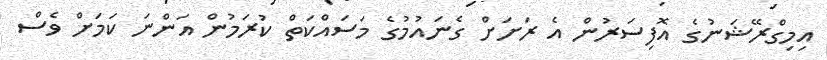
އިމިގްރޭޝަނުގެ އޮފިސަރުން އެ ރަށަށް ގެނައުމުގެ މަސައްކަތް ކުރަމުން އަންނަ ކަމަށް ވެސް